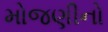
મોજણીનો